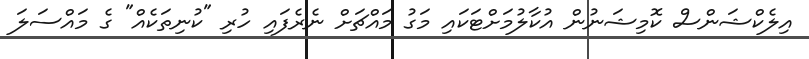
އިލެކްޝަންސް ކޮމިޝަނުން އުކާލުމަށްޓަކައި މަގު މައްޗަށް ނެރެފައި ހުރި "ކުނިތަކެއް" ގެ މައްސަލަ